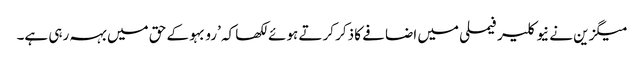
میگزین نے نیوکلیر فیملی میں اضافے کا ذکر کرتے ہوئے لکھا کہ ’رو بہو کے حق میں بہہ رہی ہے۔